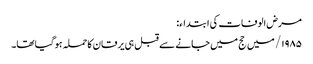
مرض الوفات کی ابتداء:
۱۹۸۵/ میں حج میں جانے سے قبل ہی یرقان کاحملہ ہوگیا تھا۔